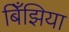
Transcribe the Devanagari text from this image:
बिँझिया